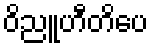
ဝိညူဟီတိပေ